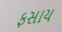
ફસાય